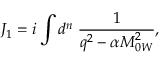
J _ { 1 } = i \int d ^ { n } \; \frac { 1 } { q ^ { 2 } - \alpha M _ { 0 W } ^ { 2 } } ,